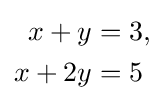
{\begin{aligned}x+y&=3,\\x+2y&=5\end{aligned}}